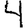
Digit: 4